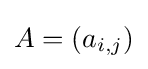
A=(a_{i,j})